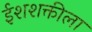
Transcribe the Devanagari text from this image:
ईशशक्तीला